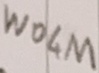
Text: W04M